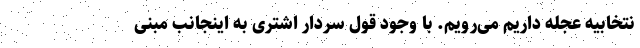
نتخابیه عجله داریم می‌رویم. با وجود قول سردار اشتری به اینجانب مبنی